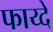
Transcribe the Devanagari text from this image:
फाय्दे